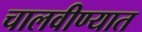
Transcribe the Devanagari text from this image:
चालवीण्यात